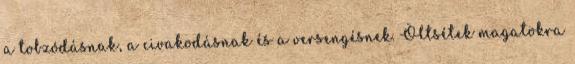
a tobzódásnak, a civakodásnak és a versengésnek. Öltsétek magatokra